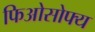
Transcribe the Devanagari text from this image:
फिओसोफ्य